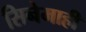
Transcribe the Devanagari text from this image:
सिनेमाही